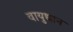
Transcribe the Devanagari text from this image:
वायुधान